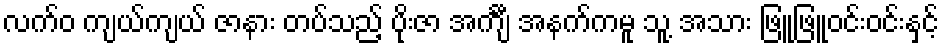
လက်ဝ ကျယ်ကျယ် ဇာနား တပ်သည့် ပိုးဇာ အင်္ကျီ အနက်ကမူ သူ့ အသား ဖြူဖြူဝင်းဝင်းနှင့်